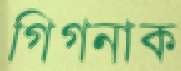
গিগনাক